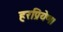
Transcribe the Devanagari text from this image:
हरप्रियेण।